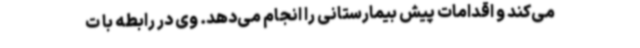
می‌کند و اقدامات پیش بیمارستانی را انجام می‌دهد. وی در رابطه با ت